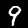
Label: 9